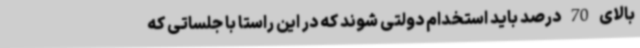
بالای 70 درصد باید استخدام دولتی شوند که در این راستا با جلساتی که